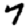
Digit: 7